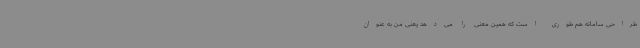
طراحی سامانه هم طوری است که همین معنی را می‌دهد یعنی من به‌ عنوان